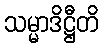
သမ္မာဒိဋ္ဌီတိ